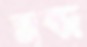
মন্ত্র